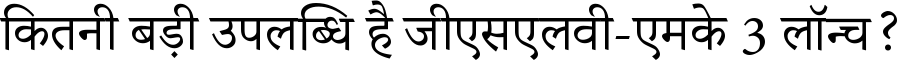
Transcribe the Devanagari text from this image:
कितनी बड़ी उपलब्धि है जीएसएलवी-एमके 3 लॉन्च?